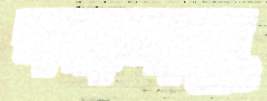
বয়ালালু